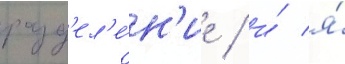
разд'ел'е́н'ие / и́ я́